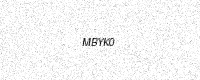
Text: MBYK0